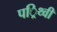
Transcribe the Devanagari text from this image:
पर्िथ्वी